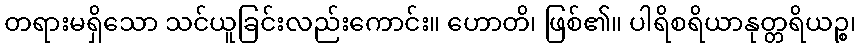
တရားမရှိသော သင်ယူခြင်းလည်းကောင်း။ ဟောတိ၊ ဖြစ်၏။ ပါရိစရိယာနုတ္တရိယဉ္စ၊